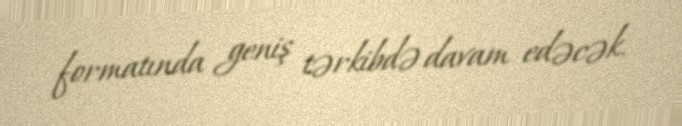
formatında geniş tərkibdə davam edəcək.